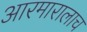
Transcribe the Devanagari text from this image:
आरमारालाच